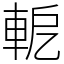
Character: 軶